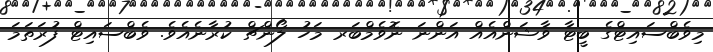
މިވެބްސައިޓްގެ ބީޓާ ވާޝަންއެއް އަންނަ ނޮވެމްބަރ މަހު ލޯންޗް ކުރާނެއެވެ. ވެބްސައިޓް ފުރަތަމަ